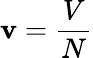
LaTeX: \mathbf{v}={\frac{{V}}{{N}}}